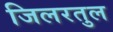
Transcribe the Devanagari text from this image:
जिलरतुल